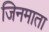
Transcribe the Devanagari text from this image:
जिनमाता